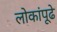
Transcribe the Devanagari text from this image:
लोकांपूढे